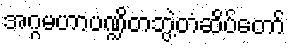
အဂ္ဂမဟာပဏ္ဍိတဘွဲ့တံဆိပ်တော်